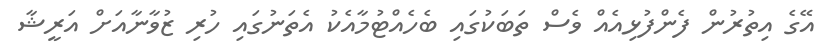
އޭގެ އިތުރުން ފެންފުޅިއެއް ވެސް ތަބަކުގައި ބެހެއްޓުމާއެކު އެތަނުގައި ހުރި ޒުވާނާއަށް އަރީޝާ